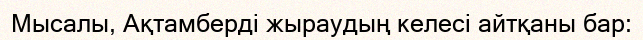
Мысалы, Ақтамберді жыраудың келесі айтқаны бар: